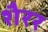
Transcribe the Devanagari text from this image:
शैरर